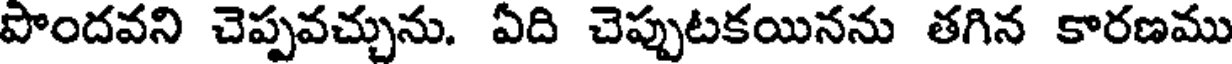
పొందవని చెప్పవచ్చును. ఏది చెప్పుటకయినను తగిన కారణము